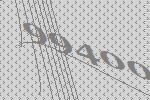
99400